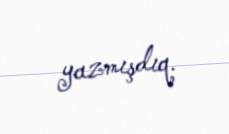
yazmışdıq.